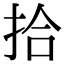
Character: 拾